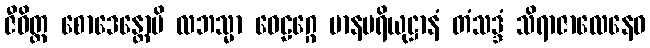
ဇီဝိတ္ထ စောဒေန္တောပိ လဘသ္မာ ဝေဠဂ္ဂေ မာနပရိယုဋ္ဌာနံ တံသဒ္ဒံ သိရာဇာလေနေဝ